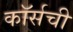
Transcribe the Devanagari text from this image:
कॉर्सची